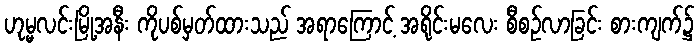
ဟုမ္မလင်းမြို့အနီး ကိုပစ်မှတ်ထားသည် အရာကြောင့် အရိုင်းမလေး စီစဉ်လာခြင်း စားကျက်၌